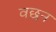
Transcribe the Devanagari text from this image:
वछन